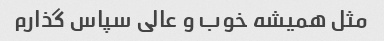
مثل همیشه خوب و عالی سپاس گذارم